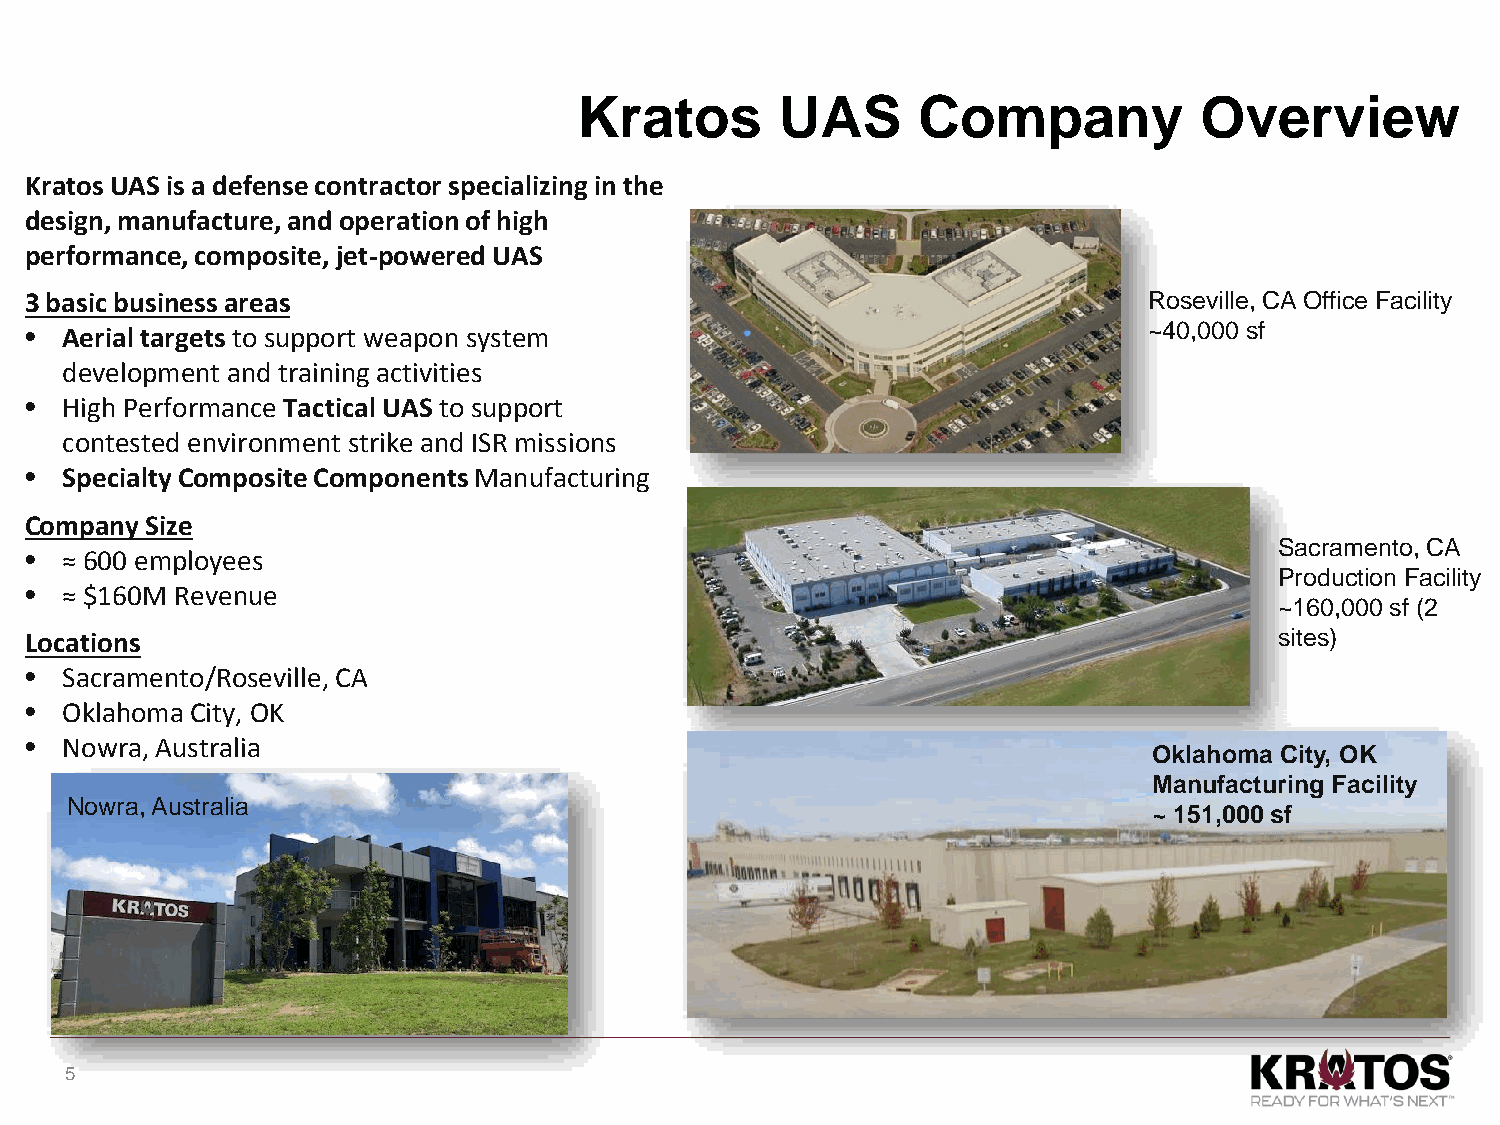
Kratos        UAS      Company           Overview
 KratosUAS is a defense contractor specializing in the
 design, manufacture, and operation of high
 performance, composite, jet-powered UAS
 3 basic business areas                                                    Roseville, CA Office Facility
 • Aerial targets to support weapon system                                 ~40,000 sf
 development and training activities
 • High Performance Tactical UAS to support
 contested environment strike and ISR missions
 • SpecialtyComposite Components Manufacturing
 Company Size
 Sacramento, CA
 • ≈ 600 employees
 Production Facility
 • ≈ $160M Revenue
 ~160,000 sf (2
 Locations                                                                          sites)
 • Sacramento/Roseville, CA
 • Oklahoma City, OK
 • Nowra, Australia
 Oklahoma City, OK
 Manufacturing Facility
 Nowra, Australia
 ~ 151,000 sf
 5